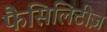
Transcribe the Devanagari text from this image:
फैसिलिटीज़